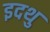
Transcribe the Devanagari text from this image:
इदथु